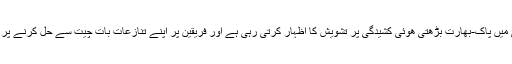
عالمی طاقتیں ماضی میں پاک-بھارت بڑھتی ھوئی کشیدگی پر تشویش کا اظہار کرتی رہی ہے اور فریقین پر اپنے تنازعات بات چیت سے حل کرنے پر زور دیتی رہی ھے۔